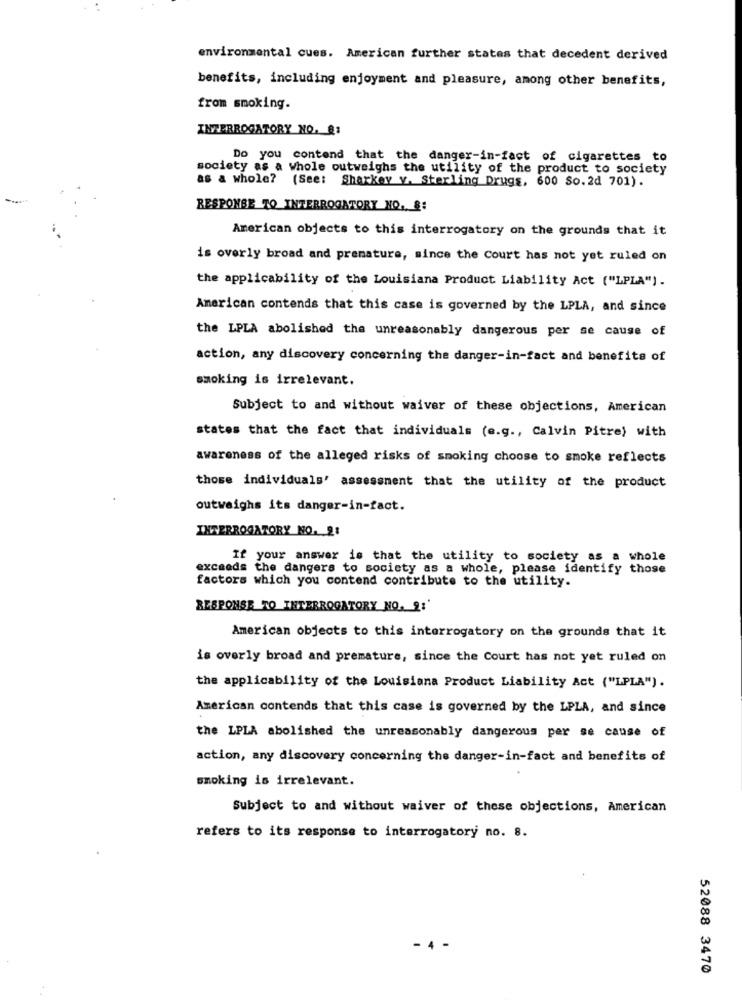
environmental cues. American further states that decedent derived
benefits, including enjoyment and pleasure, among other benefits,
from smoking.
INTERROGATORY NO. Q1
Do you contend that the danger-in-fact of cigarettes to
society as a whole outweighs the utility of the product to society
as a whole? (See: Sharkey y. Sterling Drugs, 600 So. 2d 701).
RESPONSE TO INTERROGATORY NO. 8:
American objects to this interrogatory on the grounds that it
is overly broad and premature, since the Court has not yet ruled on
the applicability of the Louisiana Product Liability Act ("LPLA").
American contends that this case is governed by the LPLA, and since
the LPLA abolished the unreasonably dangerous per se cause of
action, any discovery concerning the danger-in-fact and benefits of
smoking is irrelevant.
Subject to and without waiver of these objections, American
states that the fact that individuals (e.g ., Calvin Pitre) with
awareness of the alleged risks of smoking choose to smoke reflects
those individuals' assessment that the utility of the product
outweighs its danger-in-fact.
INTERROGATORY NO. 2:
If your answer is that the utility to society as a whole
exceeds the dangers to society as a whole, please identify those
factors which you contend contribute to the utility.
RESPONSE TO INTERROGATORY NO. 21'
American objects to this interrogatory on the grounds that it
is overly broad and premature, since the Court has not yet ruled on
the applicability of the Louisiana Product Liability Act ("LPLA").
American contends that this case is governed by the LPLA, and since
the LPLA abolished the unreasonably dangerous per se cause of
action, any discovery concerning the danger-in-fact and benefits of
smoking is irrelevant.
Subject to and without waiver of these objections, American
refers to its response to interrogatory no. 8.
52088 3470